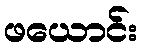
ဖယောင်း